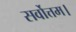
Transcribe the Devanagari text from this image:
सर्वोत्तम।